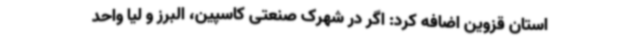
استان قزوین اضافه کرد: اگر در شهرک صنعتی کاسپین، البرز و لیا واحد